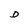
Character: D